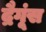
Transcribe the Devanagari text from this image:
द्रैगूंस